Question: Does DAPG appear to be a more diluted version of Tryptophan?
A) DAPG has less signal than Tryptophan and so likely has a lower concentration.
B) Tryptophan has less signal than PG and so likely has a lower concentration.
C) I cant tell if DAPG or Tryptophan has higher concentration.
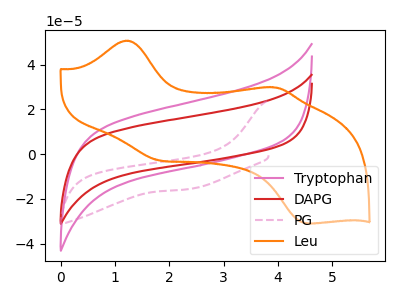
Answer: <think>The pink curve "Tryptophan" has no peaks. The red curve "DAPG" has no peaks. The pink dashed curve "PG" has no peaks. The orange curve "Leu" has anodic peaks at (1.20V, 50.70uA) (3.95V, 29.80uA) and cathodic peaks at (1.80V, -2.85uA) (4.55V, -31.00uA).
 Neither "DAPG" or "Tryptophan" have any peaks.</think>
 <answer>C) I cant tell if "DAPG" or "Tryptophan" has higher concentration.</answer>
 <eval>C</eval>